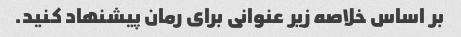
بر اساس خلاصه زیر عنوانی برای رمان پیشنهاد کنید.